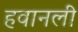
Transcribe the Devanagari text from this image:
हवानली